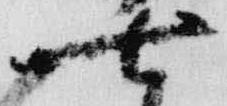
七